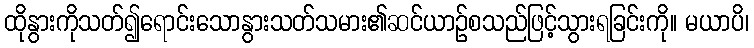
ထိုနွားကိုသတ်၍ရောင်းသောနွားသတ်သမား၏ဆင်ယာဉ်စသည်ဖြင့်သွားရခြင်းကို။ မယာပိ၊